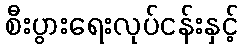
စီးပွားရေးလုပ်ငန်းနှင့်